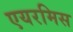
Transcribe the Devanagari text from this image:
एयरमिस